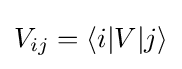
V_{ij}=\langle i|V|j\rangle